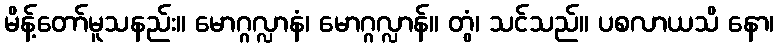
မိန့်တော်မူသနည်း။ မောဂ္ဂလ္လာနံ၊ မောဂ္ဂလ္လာန်။ တွံ၊ သင်သည်။ ပစလာယသိ နော၊